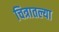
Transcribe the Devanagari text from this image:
चित्रातल्या